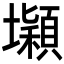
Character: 𡓡